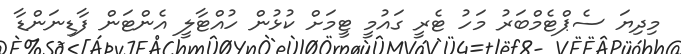
މިދިޔަ ސެޕްޓެމްބަރު މަހު ޓެރީ ގައުމީ ޓީމަށް ކުޅުން ހުއްޓާލީ އެންޓަން ފާޑިނަންޑާ